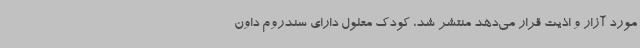
مورد آزار و اذیت قرار می‌دهد منتشر شد، کودک معلول دارای سندروم داون